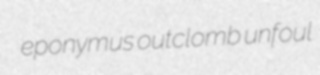
eponymus outclomb unfoul